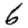
Digit: 6